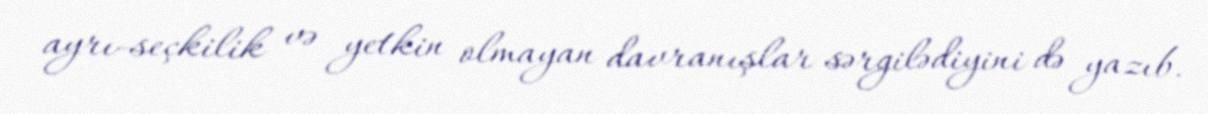
ayrı-seçkilik və yetkin olmayan davranışlar sərgilədiyini də yazıb.